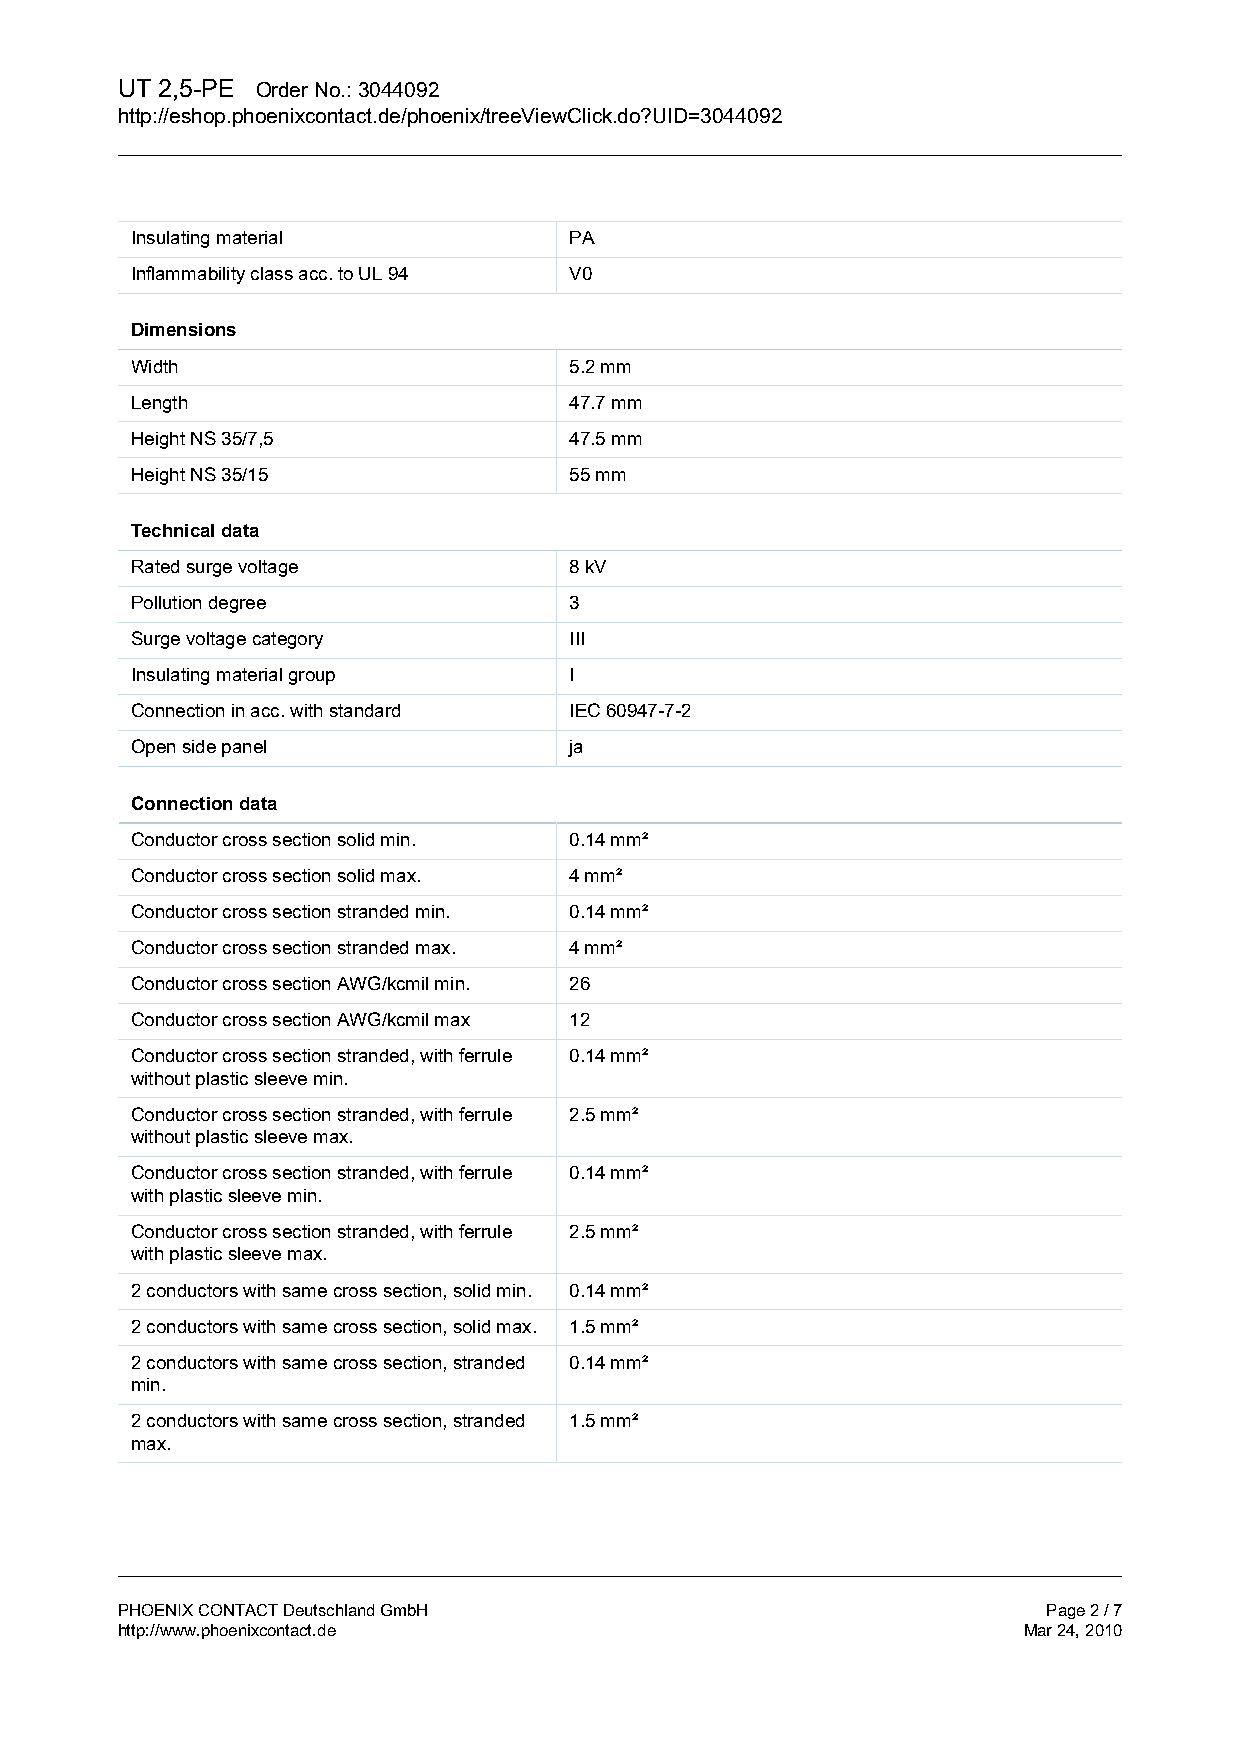
UT 2,5-PE Order No.: 3044092
 http://eshop.phoenixcontact.de/phoenix/treeViewClick.do?UID=3044092
 Insulating material          PA
 Inflammability class acc. to UL 94 V0
 Dimensions
 Width                        5.2 mm
 Length                       47.7 mm
 Height NS 35/7,5             47.5 mm
 Height NS 35/15              55 mm
 Technical data
 Rated surge voltage          8 kV
 Pollution degree             3
 Surge voltage category       III
 Insulating material group    I
 Connection in acc. with standard IEC 60947-7-2
 Open side panel              ja
 Connection data
 Conductor cross section solid min. 0.14 mm²
 Conductor cross section solid max. 4 mm²
 Conductor cross section stranded min. 0.14 mm²
 Conductor cross section stranded max. 4 mm²
 Conductor cross section AWG/kcmil min. 26
 Conductor cross section AWG/kcmil max 12
 Conductor cross section stranded, with ferrule 0.14 mm²
 without plastic sleeve min.
 Conductor cross section stranded, with ferrule 2.5 mm²
 without plastic sleeve max.
 Conductor cross section stranded, with ferrule 0.14 mm²
 with plastic sleeve min.
 Conductor cross section stranded, with ferrule 2.5 mm²
 with plastic sleeve max.
 2 conductors with same cross section, solid min. 0.14 mm²
 2 conductors with same cross section, solid max. 1.5 mm²
 2 conductors with same cross section, stranded 0.14 mm²
 min.
 2 conductors with same cross section, stranded 1.5 mm²
 max.
 PHOENIX CONTACT Deutschland GmbH                             Page 2 / 7
 http://www.phoenixcontact.de                                Mar 24, 2010